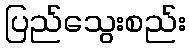
ပြည်သွေးစည်း